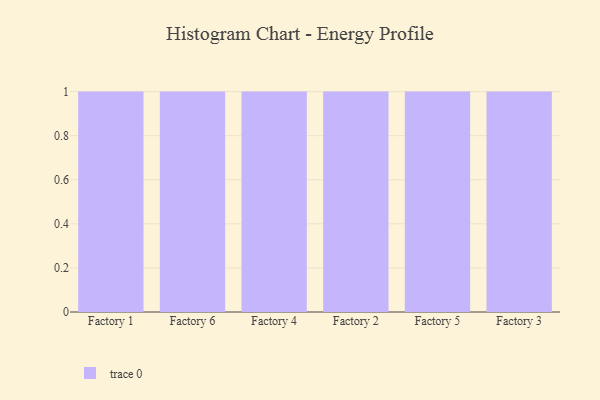
{"axis": {"x": "Factory", "y": "Market Share (%)"}, "legend": [""], "data": [{"x": "Factory 1", "y": 86, "type": ""}, {"x": "Factory 6", "y": 52, "type": ""}, {"x": "Factory 4", "y": 100, "type": ""}, {"x": "Factory 2", "y": 19, "type": ""}, {"x": "Factory 5", "y": 53, "type": ""}, {"x": "Factory 3", "y": 47, "type": ""}]}